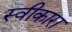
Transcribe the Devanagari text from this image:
स्‍वीकारा